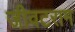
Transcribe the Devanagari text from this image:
जीवटराम